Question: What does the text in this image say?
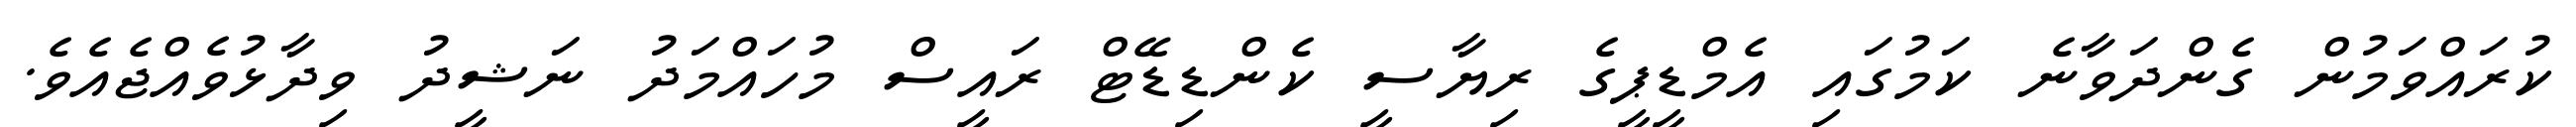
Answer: ކުރައްވަމުން ގެންދަވާނެ ކަމުގައި އެމްޑީޕީގެ ރިޔާސީ ކެންޑިޑޭޓް ރައީސް މުހައްމަދު ނަޝީދު ވިދާޅުވެއްޖެއެވެ.